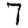
Digit: 7